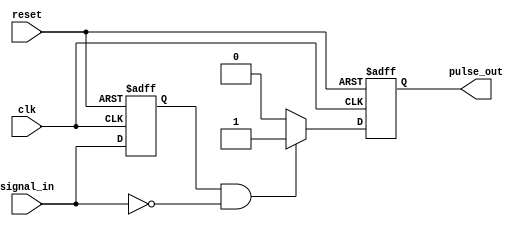
module negative_edge_detector (
    input wire clk,            // Clock signal
    input wire reset,          // Reset signal
    input wire signal_in,      // Input signal to detect negative edge
    output reg pulse_out       // Output pulse indicating negative edge
);

    // Registers to hold the current and previous states of the input signal
    reg signal_in_prev;

    // Always block to capture the current state of the input signal
    always @(posedge clk or posedge reset) begin
        if (reset) begin
            signal_in_prev <= 1'b0; // Initialize previous state to 0 on reset
            pulse_out <= 1'b0;      // Initialize output pulse to 0 on reset
        end else begin
            // Detect negative edge
            if (signal_in_prev == 1'b1 && signal_in == 1'b0) begin
                pulse_out <= 1'b1; // Generate pulse on negative edge
            end else begin
                pulse_out <= 1'b0; // Clear pulse otherwise
            end
            
            // Update previous state
            signal_in_prev <= signal_in;
        end
    end

endmodule